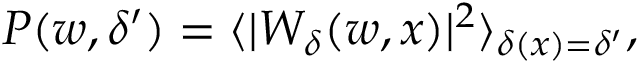
P ( w , \delta ^ { \prime } ) = \langle | W _ { \delta } ( w , x ) | ^ { 2 } \rangle _ { \delta ( x ) = \delta ^ { \prime } } ,